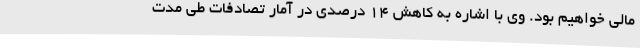
مالی خواهیم بود. وی با اشاره به کاهش 14 درصدی در آمار تصادفات طی مدت